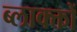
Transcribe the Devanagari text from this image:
ब्लाक्क्तों